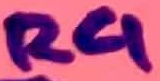
Text: R4